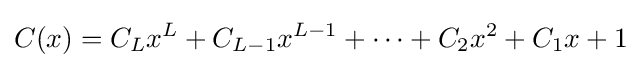
C(x)=C_{L}x^{L}+C_{L-1}x^{L-1}+\cdots +C_{2}x^{2}+C_{1}x+1